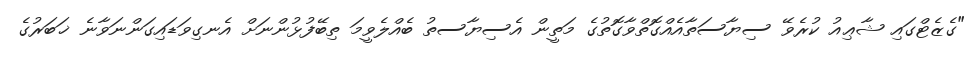
"ގެޒެޓްގައި ޝާޢިއު ކުރެވޭ ސިޔާސަތާއެއްގޮތްވާގޮތުގެ މަތީން އެސިޔާސތު ބެއްލެވީމަ ތިބޭފުޅުންނަށް އެނގިވަޑައިގަންނަވާނެ ޚަބަރުގެ